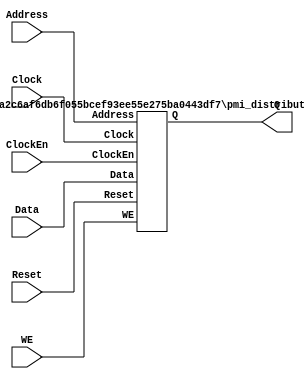
// --------------------------------------------------------------------
// >>>>>>>>>>>>>>>>>>>>>>>>> COPYRIGHT NOTICE <<<<<<<<<<<<<<<<<<<<<<<<<
// --------------------------------------------------------------------
// Copyright (c) 2005-2010 by Lattice Semiconductor Corporation
// --------------------------------------------------------------------
//
//
//                     Lattice Semiconductor Corporation
//                     5555 NE Moore Court
//                     Hillsboro, OR 97214
//                     U.S.A.
//
//                     TEL: 1-800-Lattice  (USA and Canada)
//                          1-408-826-6000 (other locations)
//
//                     web: http://www.latticesemi.com/
//
// --------------------------------------------------------------------
//
// Simulation Library File for Single Port Distributed RAM PMI
//
// Parameter Definition
//Name                  Value                                          Default
/*
------------------------------------------------------------------------------
pmi_addr_depth          <integer>                                         32
pmi_addr_width          <integer>                                          5
pmi_data_width          <integer>                                          8
pmi_regmode             "reg"|"noreg"                                    "reg"
pmi_init_file           <string>                                        "none"
pmi_init_file_format    "binary"|"hex"                                "binary"
pmi_family  "EC"|"XP"|"XP2"|"SC"|"SCM"|"ECP"|"ECP2"|"ECP2M"|"ECP3"|"ECP4"|"XO"|"XO2"|"LPTM"  "EC"
------------------------------------------------------------------------------
WARNING: Do not change the default parameters in this model. Parameter 
redefinition must be done using defparam or in-line (#) paramater 
redefinition in a top level file that instantiates this model.
 
*/
// fpga\verilog\pkg\versclibs\data\pmi\pmi_distributed_spram.v 1.13 31-DEC-2010 08:57:11 IALMOHAN

`timescale 1 ns / 1 ps

module pmi_distributed_spram 
  #(parameter pmi_addr_depth = 32,
    parameter pmi_addr_width = 5,
    parameter pmi_data_width = 8,
    parameter pmi_regmode = "reg",
    parameter pmi_init_file = "none",
    parameter pmi_init_file_format = "binary",
    parameter pmi_family = "EC",
    parameter module_type = "pmi_distributed_spram")

    (
    input [(pmi_addr_width-1):0] Address,
    input [(pmi_data_width-1):0] Data,
    input Clock,
    input ClockEn,
    input WE,
    input Reset,
    output [(pmi_data_width-1):0] Q)/* synthesis syn_black_box */;

   //synopsys translate_off
   tri0    Reset_wire;
   //synopsys translate_on
    
   buf (Reset_wire, Reset);

//pragma translate_off

generate
   
   if (pmi_regmode == "reg")
   
   pmi_distributed_spram_reg # (
				.pmi_addr_depth(pmi_addr_depth),
				.pmi_addr_width(pmi_addr_width),
				.pmi_data_width(pmi_data_width),
				.pmi_init_file(pmi_init_file),
				.pmi_init_file_format(pmi_init_file_format),
				.pmi_family(pmi_family))
      instreg (.Data(Data),
				  .Address(Address),
				  .Clock(Clock),
				  .ClockEn(ClockEn),
				  .WE(WE),
				  .Reset(Reset_wire),
				  .Q(Q));

   else

   pmi_distributed_spram_noreg # (
				.pmi_addr_depth(pmi_addr_depth),
				.pmi_addr_width(pmi_addr_width),
				.pmi_data_width(pmi_data_width),
				.pmi_init_file(pmi_init_file),
				.pmi_init_file_format(pmi_init_file_format),
				.pmi_family(pmi_family))
      instnoreg (.Data(Data),
				  .Address(Address),
				  .Clock(Clock),
				  .ClockEn(ClockEn),
				  .WE(WE),
				  .Q(Q));
   endgenerate

//pragma translate_on
   
endmodule   
       
module pmi_distributed_spram_noreg
  #(parameter pmi_addr_depth = 32,
    parameter pmi_addr_width = 5,
    parameter pmi_data_width = 8,
    parameter pmi_init_file = "none",
    parameter pmi_init_file_format = "binary",
    parameter pmi_family = "EC")
    ( 
    input [(pmi_addr_width-1):0] Address,
    input [(pmi_data_width-1):0] Data,
    input Clock,
    input WE,
    input ClockEn,
    output reg [(pmi_data_width-1):0] Q)/* synthesis syn_black_box */;

//pragma translate_off

   integer h;
   reg 	   memchg = 0;
   reg 	   wre_reg;
   reg [(pmi_data_width-1):0] din_reg;
   reg [(pmi_addr_width-1):0] waddr_reg;
   reg [(pmi_addr_width-1):0] raddr_reg;

   reg [pmi_data_width-1:0] mem [(2**pmi_addr_width)-1:0];

   //Function to calculate log2 of depth
   function  integer clogb2 (input integer depth);
    begin
        for(clogb2=0; depth>0;  clogb2=clogb2+1)
             depth=depth>>>1;
    end
   endfunction // clogb2

//Error Checks
//Check for Address_width vs Address_depth
initial begin
   if (clogb2(pmi_addr_depth-1) > pmi_addr_width) begin
       $display("\nError! Address depth can not exceed (2**pmi_addr_width)!");
       $stop;
   end
	//These families don't support init files
   if ( ( (pmi_family == "EC") || (pmi_family == "XP") ||
          (pmi_family == "XO") || (pmi_family == "LPTM") ||
          (pmi_family == "ECP") || (pmi_family == "ECP2") || (pmi_family == "ECP2M") ) &&
        (pmi_init_file != "none") )
	begin
       $display("\nError! This family doesn't support init files!");
       $stop;
   end
end

//initialize the Memory. 

initial begin
   if (pmi_init_file == "none")
	begin
      if ( (pmi_family != "EC") && (pmi_family != "XP") &&
           (pmi_family != "XO") && (pmi_family != "LPTM") &&
           (pmi_family != "ECP") && (pmi_family != "ECP2") && (pmi_family != "ECP2M") )
      	for (h = 0; h < 2**pmi_addr_width; h = h+1)
         	mem[h] = {pmi_data_width{1'b0}};
      else //Initialize memories of other families to X's
			for (h = 0; h < 2**pmi_addr_width; h = h+1)
         	mem[h] = {pmi_data_width{1'bX}};
	end
   else if ((pmi_init_file_format == "binary") && (pmi_init_file != "none"))
   begin
       $readmemb(pmi_init_file, mem);
   end
   else if ((pmi_init_file_format == "hex") && (pmi_init_file != "none")) 
   begin
       $readmemh(pmi_init_file, mem);
   end
end // initial begin

   // Latch the address and data in for writing
   // Registers are rising edge enabled
   always @ (posedge Clock) begin
    if ((pmi_family == "SC") || (pmi_family == "SCM")) begin
       wre_reg <= WE && ClockEn;
       din_reg <= Data;
       waddr_reg <= Address;
    end
   end

    always @ (posedge Clock) begin
      if ((pmi_family != "SC") && (pmi_family != "SCM")) begin
       wre_reg <= WE && ClockEn;
       din_reg <= Data;
       waddr_reg <= Address;
      end
    end
   

  always @ (Address) begin
     raddr_reg = Address;
  end

  always @ (negedge Clock) begin
     if ((wre_reg === 1'b1) && ((pmi_family == "SC") || (pmi_family == "SCM"))) begin
          mem[waddr_reg] <= din_reg;
          memchg <= ~memchg;
     end
   end

 always @(din_reg, waddr_reg, wre_reg) begin
    if ((wre_reg === 1'b1) && ((pmi_family != "SC") && (pmi_family != "SCM"))) begin
       mem[waddr_reg] = din_reg;
       memchg = ~memchg;
    end
 end
   
  always @ (raddr_reg, memchg, mem[raddr_reg])
    begin
        Q = mem[raddr_reg];
    end

//pragma translate_on

endmodule   
    
  
module pmi_distributed_spram_reg 
  #(parameter pmi_addr_depth = 32,
    parameter pmi_addr_width = 5,
    parameter pmi_data_width = 8,
    parameter pmi_init_file = "none",
    parameter pmi_init_file_format = "binary",
    parameter pmi_family = "EC")
   (
    input [(pmi_addr_width-1):0] Address,
    input [(pmi_data_width-1):0] Data,
    input Clock,
    input WE,
    input ClockEn,
    input Reset,
    output reg [(pmi_data_width-1):0] Q)/* synthesis syn_black_box */;
//pragma translate_off

   integer h;
   reg 	   memchg = 0;
   reg 	   wre_reg;
   reg [(pmi_data_width-1):0] din_reg;
   reg [(pmi_addr_width-1):0] waddr_reg;
   reg [(pmi_addr_width-1):0] raddr_reg;

   reg [(pmi_data_width-1):0] data_out;	
 
   reg [pmi_data_width-1:0] mem [(2**pmi_addr_width)-1:0];

   //Function to calculate log2 of depth
   function  integer clogb2 (input integer depth);
    begin
        for(clogb2=0; depth>0;  clogb2=clogb2+1)
             depth=depth>>>1;
    end
   endfunction // clogb2

//Error Checks
//Check for Address_width vs Address_depth
initial begin
   if (clogb2(pmi_addr_depth-1) > pmi_addr_width) begin
       $display("\nError! Address depth can not exceed (2**pmi_addr_width)!");
       $stop;
   end
	//These families don't support init files
   if ( ( (pmi_family == "EC") || (pmi_family == "XP") ||
          (pmi_family == "XO") || (pmi_family == "LPTM") ||
          (pmi_family == "ECP") || (pmi_family == "ECP2") || (pmi_family == "ECP2M") ) &&
        (pmi_init_file != "none") )
	begin
       $display("\nError! This family doesn't support init files!");
       $stop;
   end
end

//initialize the Memory. 

initial begin
   if (pmi_init_file == "none")
	begin
      if ( (pmi_family != "EC") && (pmi_family != "XP") &&
           (pmi_family != "XO") && (pmi_family != "LPTM") &&
           (pmi_family != "ECP") && (pmi_family != "ECP2") && (pmi_family != "ECP2M") )
      	for (h = 0; h < 2**pmi_addr_width; h = h+1)
         	mem[h] = {pmi_data_width{1'b0}};
      else //Initialize memories of other families to X's
			for (h = 0; h < 2**pmi_addr_width; h = h+1)
         	mem[h] = {pmi_data_width{1'bX}};
	end
   else if ((pmi_init_file_format == "binary") && (pmi_init_file != "none"))
   begin
       $readmemb(pmi_init_file, mem);
   end
   else if ((pmi_init_file_format == "hex") && (pmi_init_file != "none")) 
   begin
       $readmemh(pmi_init_file, mem);
   end
end // initial begin

   // Latch the address and data in for writing
   // Registers are rising edge enabled
   always @ (posedge Clock) begin
    if ((pmi_family == "SC") || (pmi_family == "SCM")) begin
       wre_reg <= WE && ClockEn;
       din_reg <= Data;
       waddr_reg <= Address;
    end
   end

    always @ (posedge Clock) begin
      if ((pmi_family != "SC") && (pmi_family != "SCM")) begin
       wre_reg <= WE && ClockEn;
       din_reg <= Data;
       waddr_reg <= Address;
      end
    end
   
  always @ (Address) begin
     raddr_reg = Address;
  end

  always @ (negedge Clock) begin
     if ((wre_reg === 1'b1) && ((pmi_family == "SC") || (pmi_family == "SCM"))) begin
          mem[waddr_reg] <= din_reg;
          memchg <= ~memchg;
     end
   end

 always @(din_reg, waddr_reg, wre_reg) begin
    if ((wre_reg === 1'b1) && ((pmi_family != "SC") && (pmi_family != "SCM"))) begin
       mem[waddr_reg] = din_reg;
       memchg = ~memchg;
    end
 end
   
  always @ (raddr_reg, memchg, mem[raddr_reg])
    begin
        data_out = mem[raddr_reg];
    end

   always @(posedge Reset, posedge Clock) begin
     if (Reset)
       Q <= 0;
     else if (ClockEn) begin
	Q <= data_out;
     end
     else
       Q <= Q;
   end
   
//pragma translate_on

endmodule